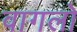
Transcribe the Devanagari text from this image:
वागलो